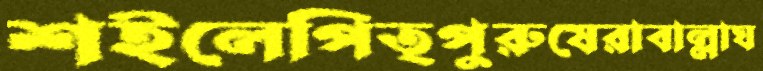
শইলেপিতৃপুরুষেরাবাল্লাঘ